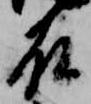
殿